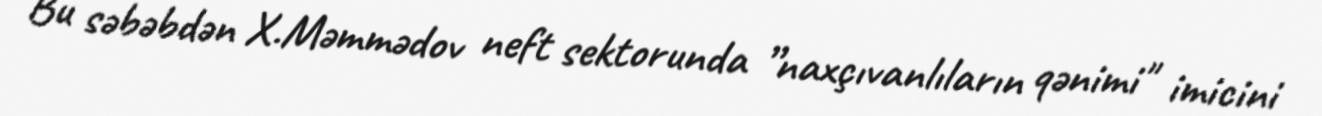
Bu səbəbdən X.Məmmədov neft sektorunda ”naxçıvanlıların qənimi" imicini